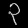
Digit: ၃